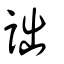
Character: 詘